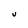
Character: U